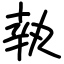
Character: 執